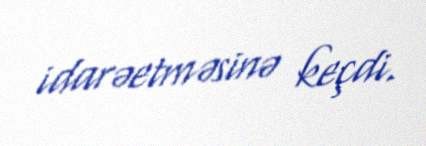
idarəetməsinə keçdi.